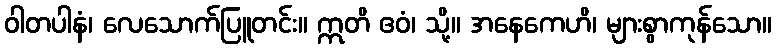
ဝါတပါနံ၊ လေသောက်ပြူတင်း။ ဣတိ ဧဝံ၊ သို့။ အနေကေဟိ၊ များစွာကုန်သော။